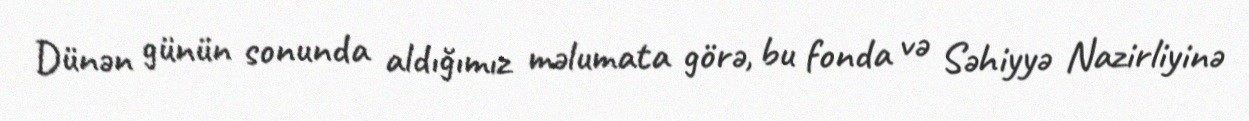
Dünən günün sonunda aldığımız məlumata görə, bu fonda və Səhiyyə Nazirliyinə